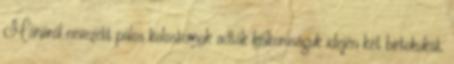
Máriáról nevezett pálos kolostornak adták kiskorúságuk idején két birtokukat,